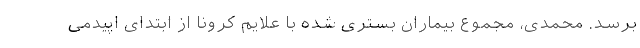
برسد. محمدی، مجموع بیماران بستری شده با علایم کرونا از ابتدای اپیدمی